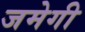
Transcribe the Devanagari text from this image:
जमेगी